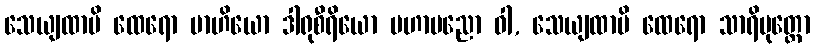
သေယျထာပိ ထေရော ဗာဟိယော ဒါရုစီရိယော မဟာပညော ဝါ, သေယျထာပိ ထေရော သာရိပုတ္တော